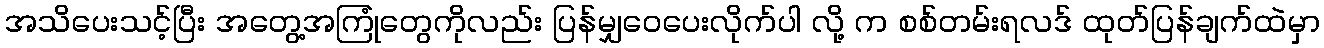
အသိပေးသင့်ပြီး အတွေ့အကြုံတွေကိုလည်း ပြန်မျှဝေပေးလိုက်ပါ လို့ က စစ်တမ်းရလဒ် ထုတ်ပြန်ချက်ထဲမှာ